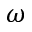
\omega